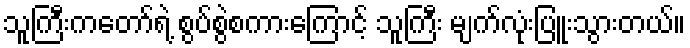
သူကြီးကတော်ရဲ့ စွပ်စွဲစကားကြောင့် သူကြီး မျက်လုံးပြူးသွားတယ်။